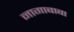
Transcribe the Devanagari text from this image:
नागाबाबा